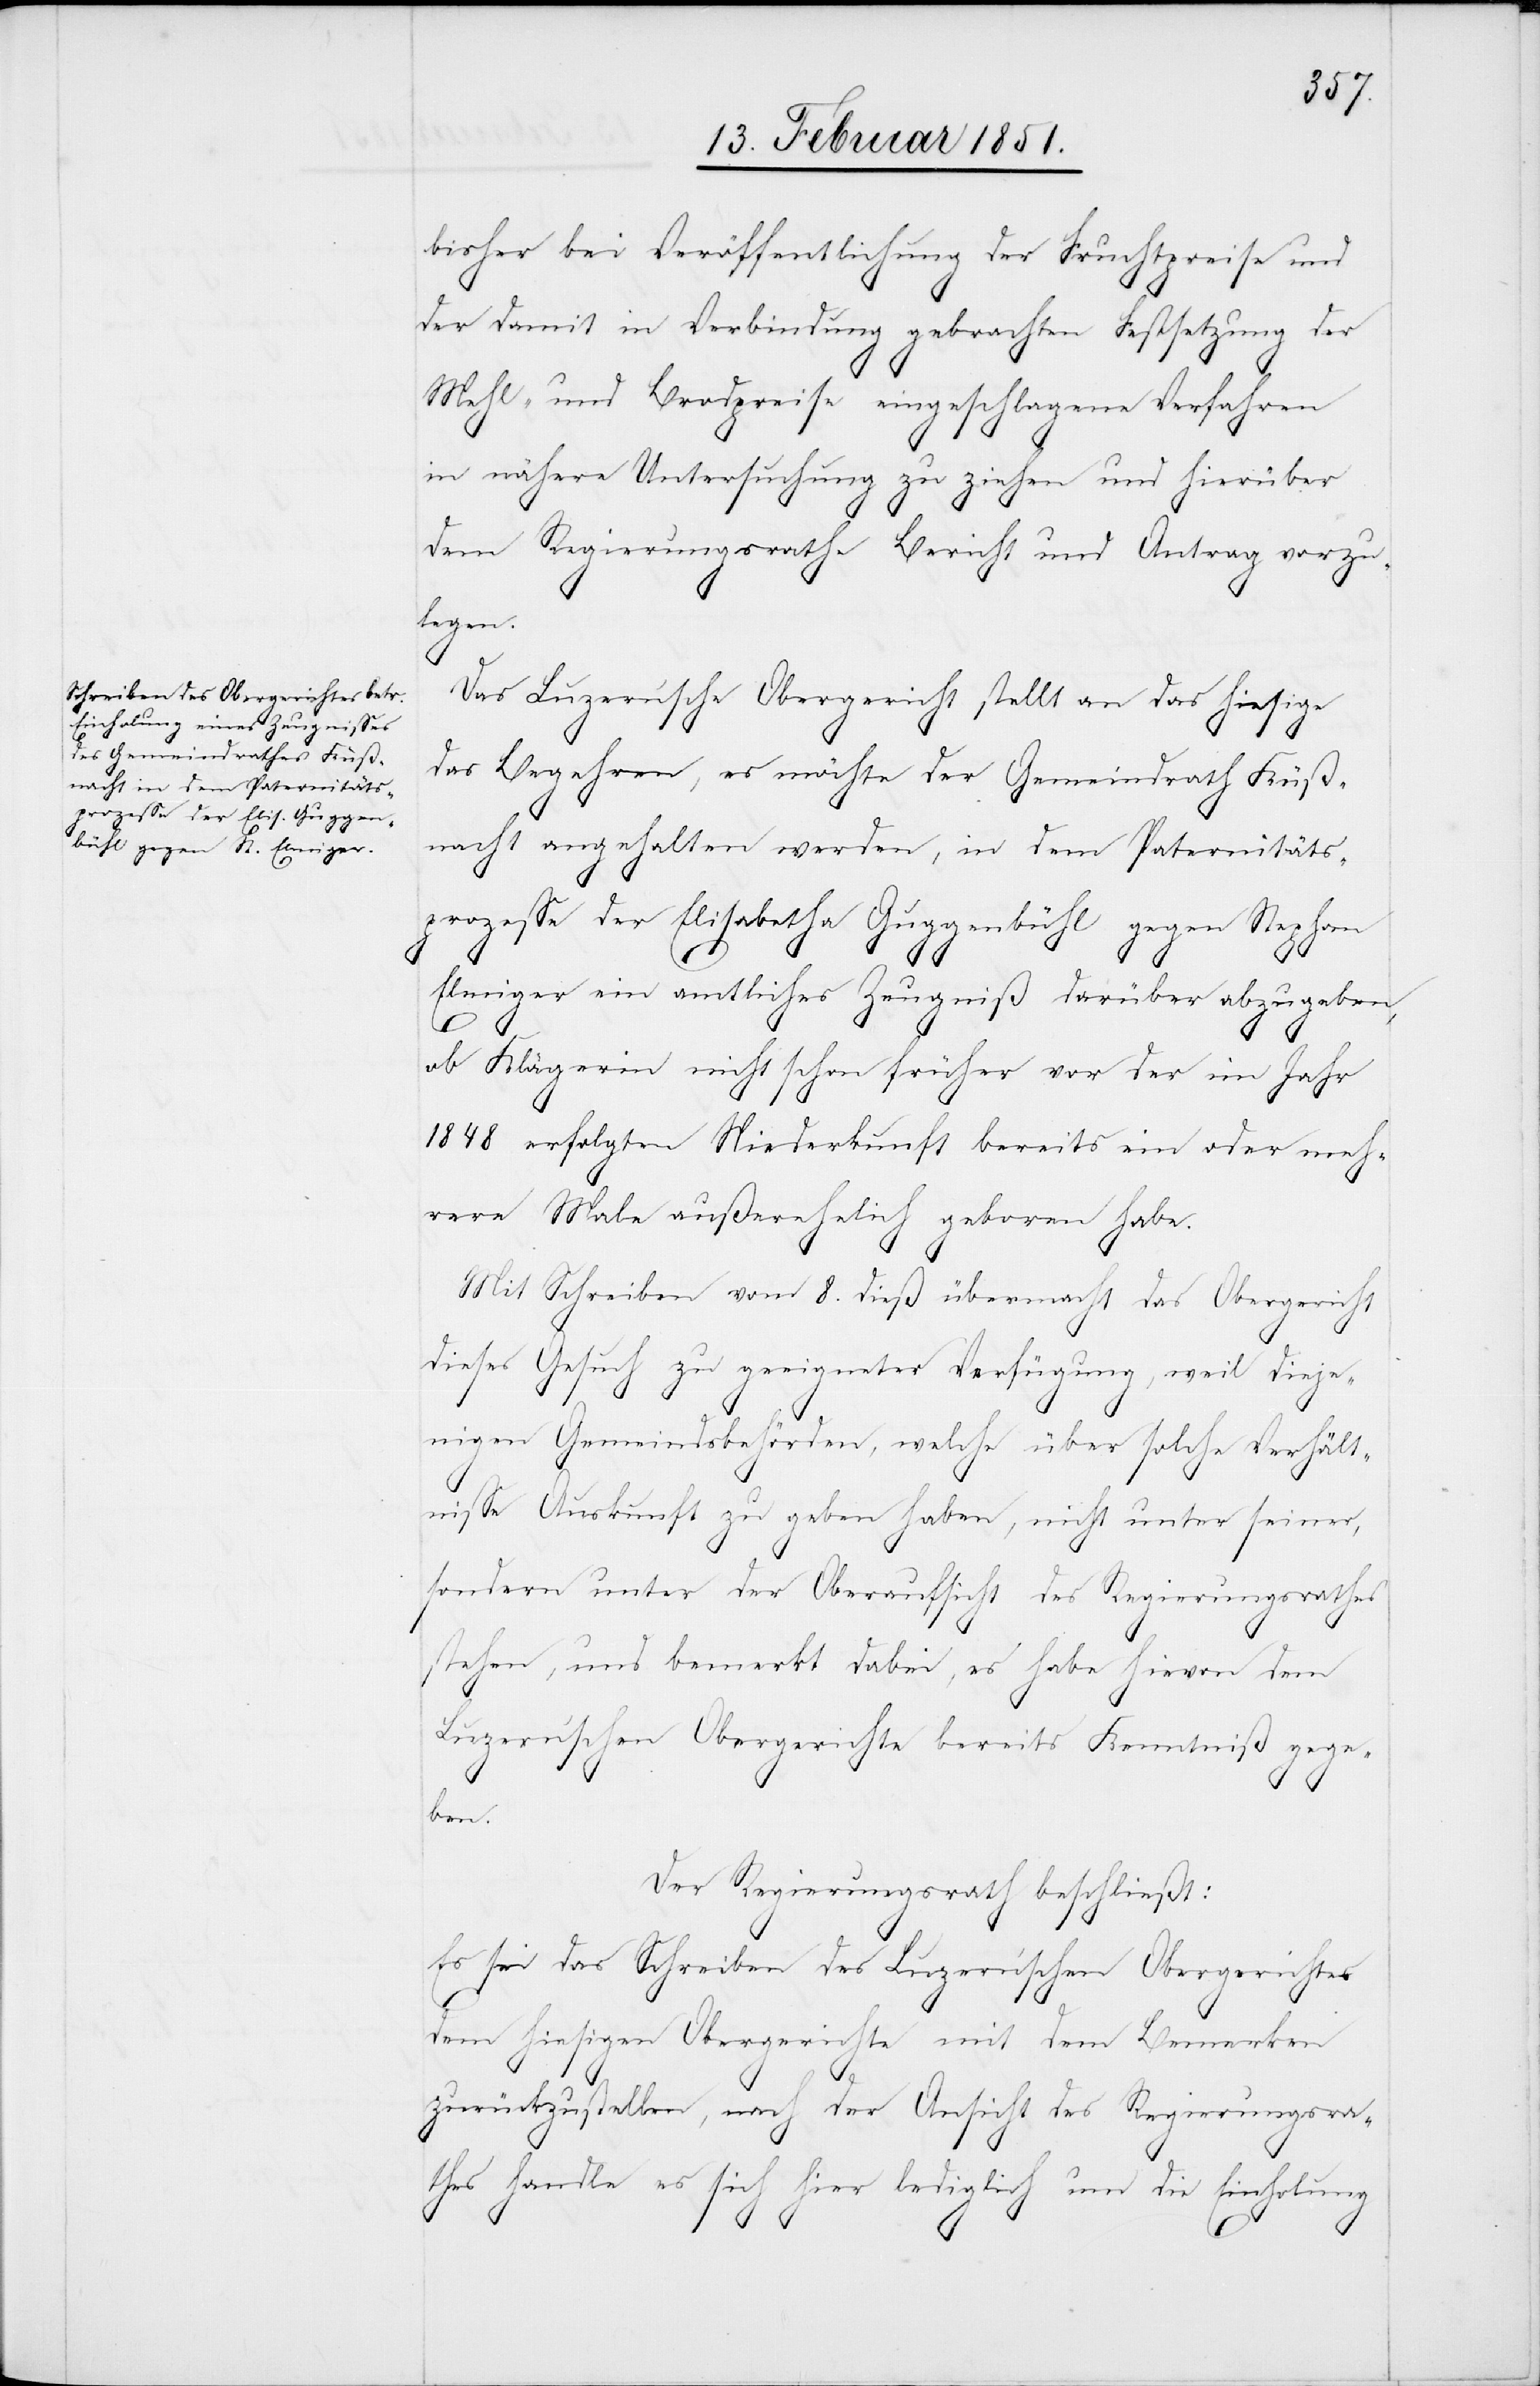
bisher bei Veröffentlichung der Fruchtpreise und
der damit in Verbindung gebrachten Festsetzung der
Mehl- und Brodpreise eingeschlagene Verfahren
in nähere Untersuchung zu ziehen und hierüber
dem Regierungsrathe Bericht und Antrag vorzu¬
legen.
Das Luzern’sche Obergericht stellt an das hiesige
das Begehren, es möchte der Gemeindrath Küß¬
nacht angehalten werden, in dem Paternitäts¬
prozesse der Elisabetha Guggenbühl gegen Stephan
Elmiger ein amtliches Zeugniß darüber abzugeben,
ob Klägerin nicht schon früher vor der im Jahr
1848 erfolgten Niederkunft bereits ein oder meh¬
rere Male außerehelich geboren habe.
Mit Schreiben vom 8. dieß übermacht das Obergericht
dieses Gesuch zu geeigneter Verfügung, weil dieje¬
nigen Gemeindsbehörden, welche über solche Verhält¬
nisse Auskunft zu geben haben, nicht unter seiner,
sondern unter der Oberaufsicht des Regierungsrathes
stehen, und bemerkt dabei, es habe hievon dem
Luzern’schen Obergerichte bereits Kenntniß
ge¬
ben.
Der Regierungsrath beschließt:
Es sei das Schreiben des Luzern’schen Obergerichtes
dem hiesigen Obergerichte mit dem Bemerken
zurückzustellen, nach der Ansicht des Regierungsra¬
thes handle es sich hier lediglich um die Einholung